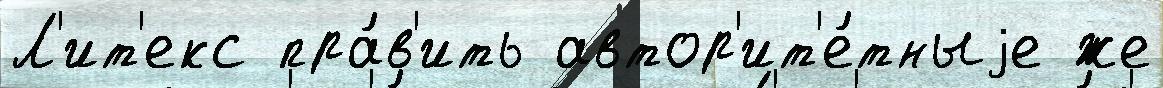
Л'ит'екс пра́в'ить автор'ит'е́тныjе же